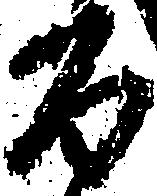
百